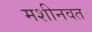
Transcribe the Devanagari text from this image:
मशीनवत